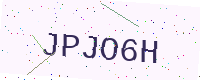
Text: JPJO6H